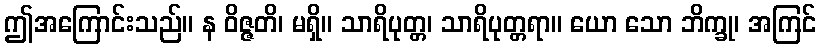
ဤအကြောင်းသည်။ န ဝိဇ္ဇတိ၊ မရှိ။ သာရိပုတ္တ၊ သာရိပုတ္တရာ။ ယော သော ဘိက္ခု၊ အကြင်